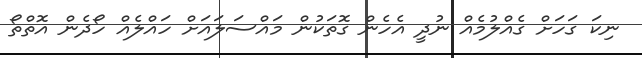
ނިކަ ގަހަށް ގެއްލުމެއް ނުދީ އެހެން ގޮތަކުން މައްސަލައަށް ހައްލެއް ހޯދެން އޮތްތޯ